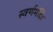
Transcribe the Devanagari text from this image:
स्वर्णमंदिर